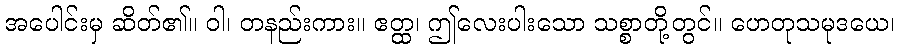
အပေါင်းမှ ဆိတ်၏။ ဝါ၊ တနည်းကား။ ဧတ္ထ၊ ဤလေးပါးသော သစ္စာတို့တွင်။ ဟေတုသမုဒယေ၊